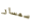
سمسار